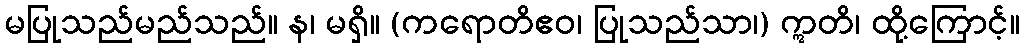
မပြုသည်မည်သည်။ န၊ မရှိ။ (ကရောတိဧဝ၊ ပြုသည်သာ၊) ဣတိ၊ ထို့ကြောင့်။